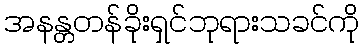
အနန္တတန်ခိုးရှင်ဘုရားသခင်ကို